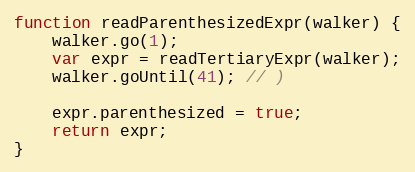
Language: JavaScript
function readParenthesizedExpr(walker) {
    walker.go(1);
    var expr = readTertiaryExpr(walker);
    walker.goUntil(41); // )

    expr.parenthesized = true;
    return expr;
}